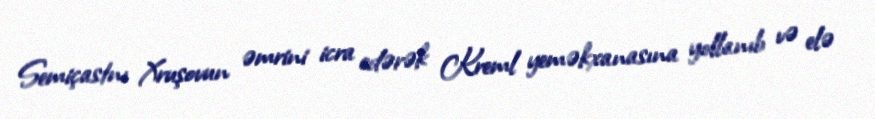
Semiçastnı Xruşovun əmrini icra edərək Kreml yeməkxanasına yollanıb və elə